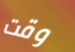
وقت